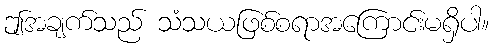
ဤအချက်သည် သံသယဖြစ်စရာအကြောင်းမရှိပါ။